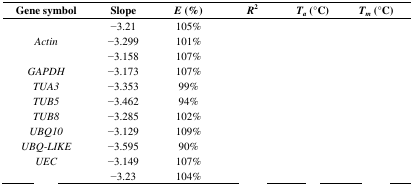
<table><thead><tr><td><b>Gene symbol</b></td><td><b>Slope</b></td><td><b><i>E</i> (%)</b></td><td><b><i>R</i><sup>2</sup></b></td><td><b><i>T</i><i><sub>a</sub></i> (°C)</b></td><td><b><i>T</i><i><sub>m</sub></i> (°C)</b></td></tr></thead><tbody><tr><td>[EMPTY_CELL]</td><td>−3.21</td><td>105%</td><td>[EMPTY_CELL]</td><td>[EMPTY_CELL]</td><td>[EMPTY_CELL]</td></tr><tr><td><i>Actin</i></td><td>−3.299</td><td>101%</td><td>[EMPTY_CELL]</td><td>[EMPTY_CELL]</td><td>[EMPTY_CELL]</td></tr><tr><td>[EMPTY_CELL]</td><td>−3.158</td><td>107%</td><td>[EMPTY_CELL]</td><td>[EMPTY_CELL]</td><td>[EMPTY_CELL]</td></tr><tr><td><i>GAPDH</i></td><td>−3.173</td><td>107%</td><td>[EMPTY_CELL]</td><td>[EMPTY_CELL]</td><td>[EMPTY_CELL]</td></tr><tr><td><i>TUA3</i></td><td>−3.353</td><td>99%</td><td>[EMPTY_CELL]</td><td>[EMPTY_CELL]</td><td>[EMPTY_CELL]</td></tr><tr><td><i>TUB5</i></td><td>−3.462</td><td>94%</td><td>[EMPTY_CELL]</td><td>[EMPTY_CELL]</td><td>[EMPTY_CELL]</td></tr><tr><td><i>TUB8</i></td><td>−3.285</td><td>102%</td><td>[EMPTY_CELL]</td><td>[EMPTY_CELL]</td><td>[EMPTY_CELL]</td></tr><tr><td><i>UBQ10</i></td><td>−3.129</td><td>109%</td><td>[EMPTY_CELL]</td><td>[EMPTY_CELL]</td><td>[EMPTY_CELL]</td></tr><tr><td><i>UBQ-LIKE</i></td><td>−3.595</td><td>90%</td><td>[EMPTY_CELL]</td><td>[EMPTY_CELL]</td><td>[EMPTY_CELL]</td></tr><tr><td><i>UEC</i></td><td>−3.149</td><td>107%</td><td>[EMPTY_CELL]</td><td>[EMPTY_CELL]</td><td>[EMPTY_CELL]</td></tr><tr><td>[EMPTY_CELL]</td><td>−3.23</td><td>104%</td><td>[EMPTY_CELL]</td><td>[EMPTY_CELL]</td><td>[EMPTY_CELL]</td></tr></tbody></table>